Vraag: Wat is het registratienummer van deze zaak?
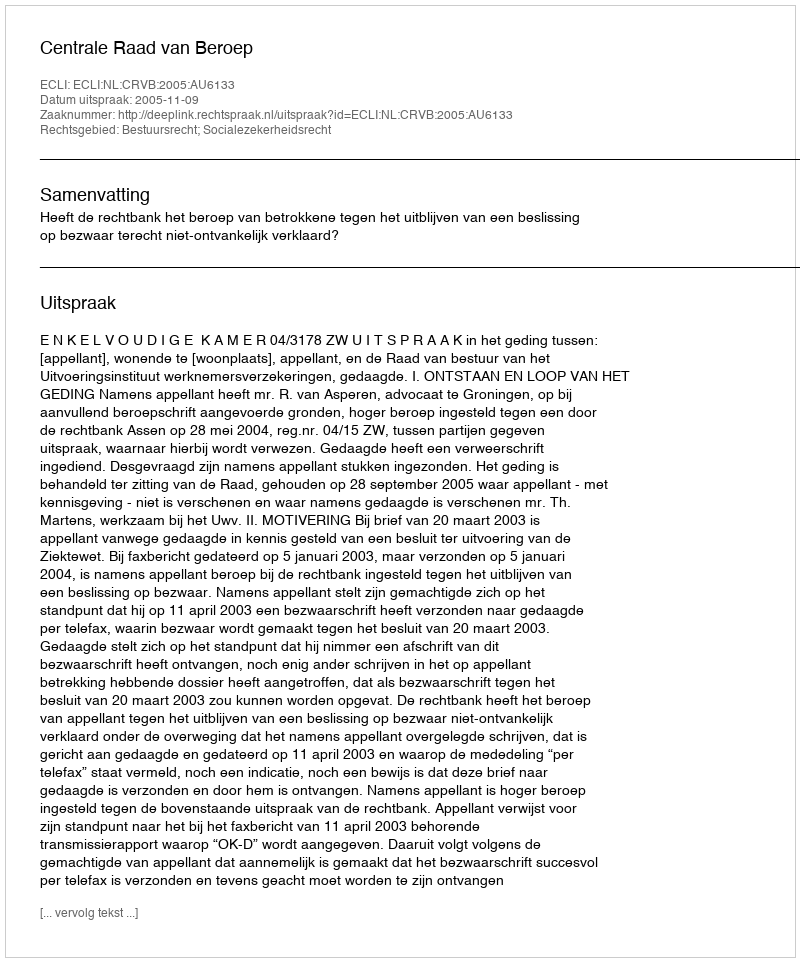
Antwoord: http://deeplink.rechtspraak.nl/uitspraak?id=ECLI:NL:CRVB:2005:AU6133